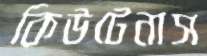
কিউটেনাস